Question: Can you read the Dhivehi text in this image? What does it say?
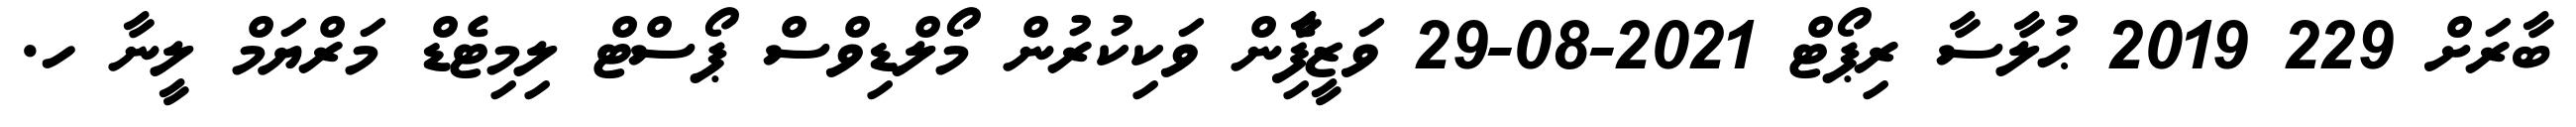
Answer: ބާރަށް 229 2019 ޙުލާސާ ރިޕޯޓް 2021-08-29 ވަޒީފާެިން ވަކިކުރުން މޯލްޑިވްސް ޕޯސްޓް ލިމިޓެޑް މަރްޔަމް ލީނާ ހ.